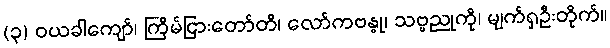
(၃) ဝယခါကျော်၊ ကြိမ်ငြားတော်တိ၊ လော်ကဗန္ဓု၊ သဗ္ဗညုကို၊ မျက်ရှဦးတိုက်။